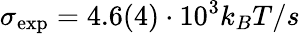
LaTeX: \sigma_{\mathrm{exp}}=4.6(4)\cdot 10^{3}k_{B}T/s